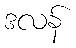
ဒလန်